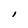
Character: I